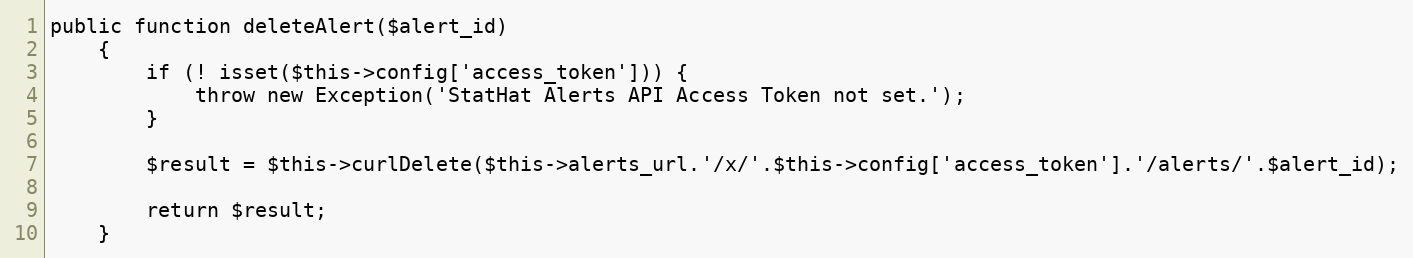
Language: PHP
public function deleteAlert($alert_id)
    {
        if (! isset($this->config['access_token'])) {
            throw new Exception('StatHat Alerts API Access Token not set.');
        }

        $result = $this->curlDelete($this->alerts_url.'/x/'.$this->config['access_token'].'/alerts/'.$alert_id);

        return $result;
    }